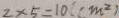
2 \times 5 = 1 0 ( c m ^ { 2 } )